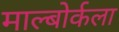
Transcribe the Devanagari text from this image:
माल्बोर्कला